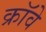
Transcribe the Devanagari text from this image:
क्रॉवे